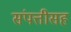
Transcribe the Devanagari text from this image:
संपत्तीसह